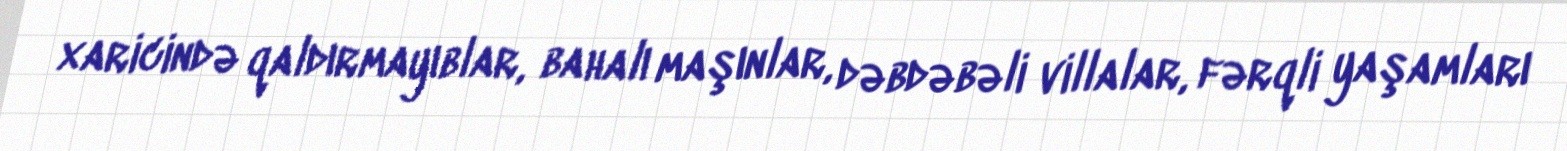
xaricində qaldırmayıblar, bahalı maşınlar, dəbdəbəli villalar, fərqli yaşamları